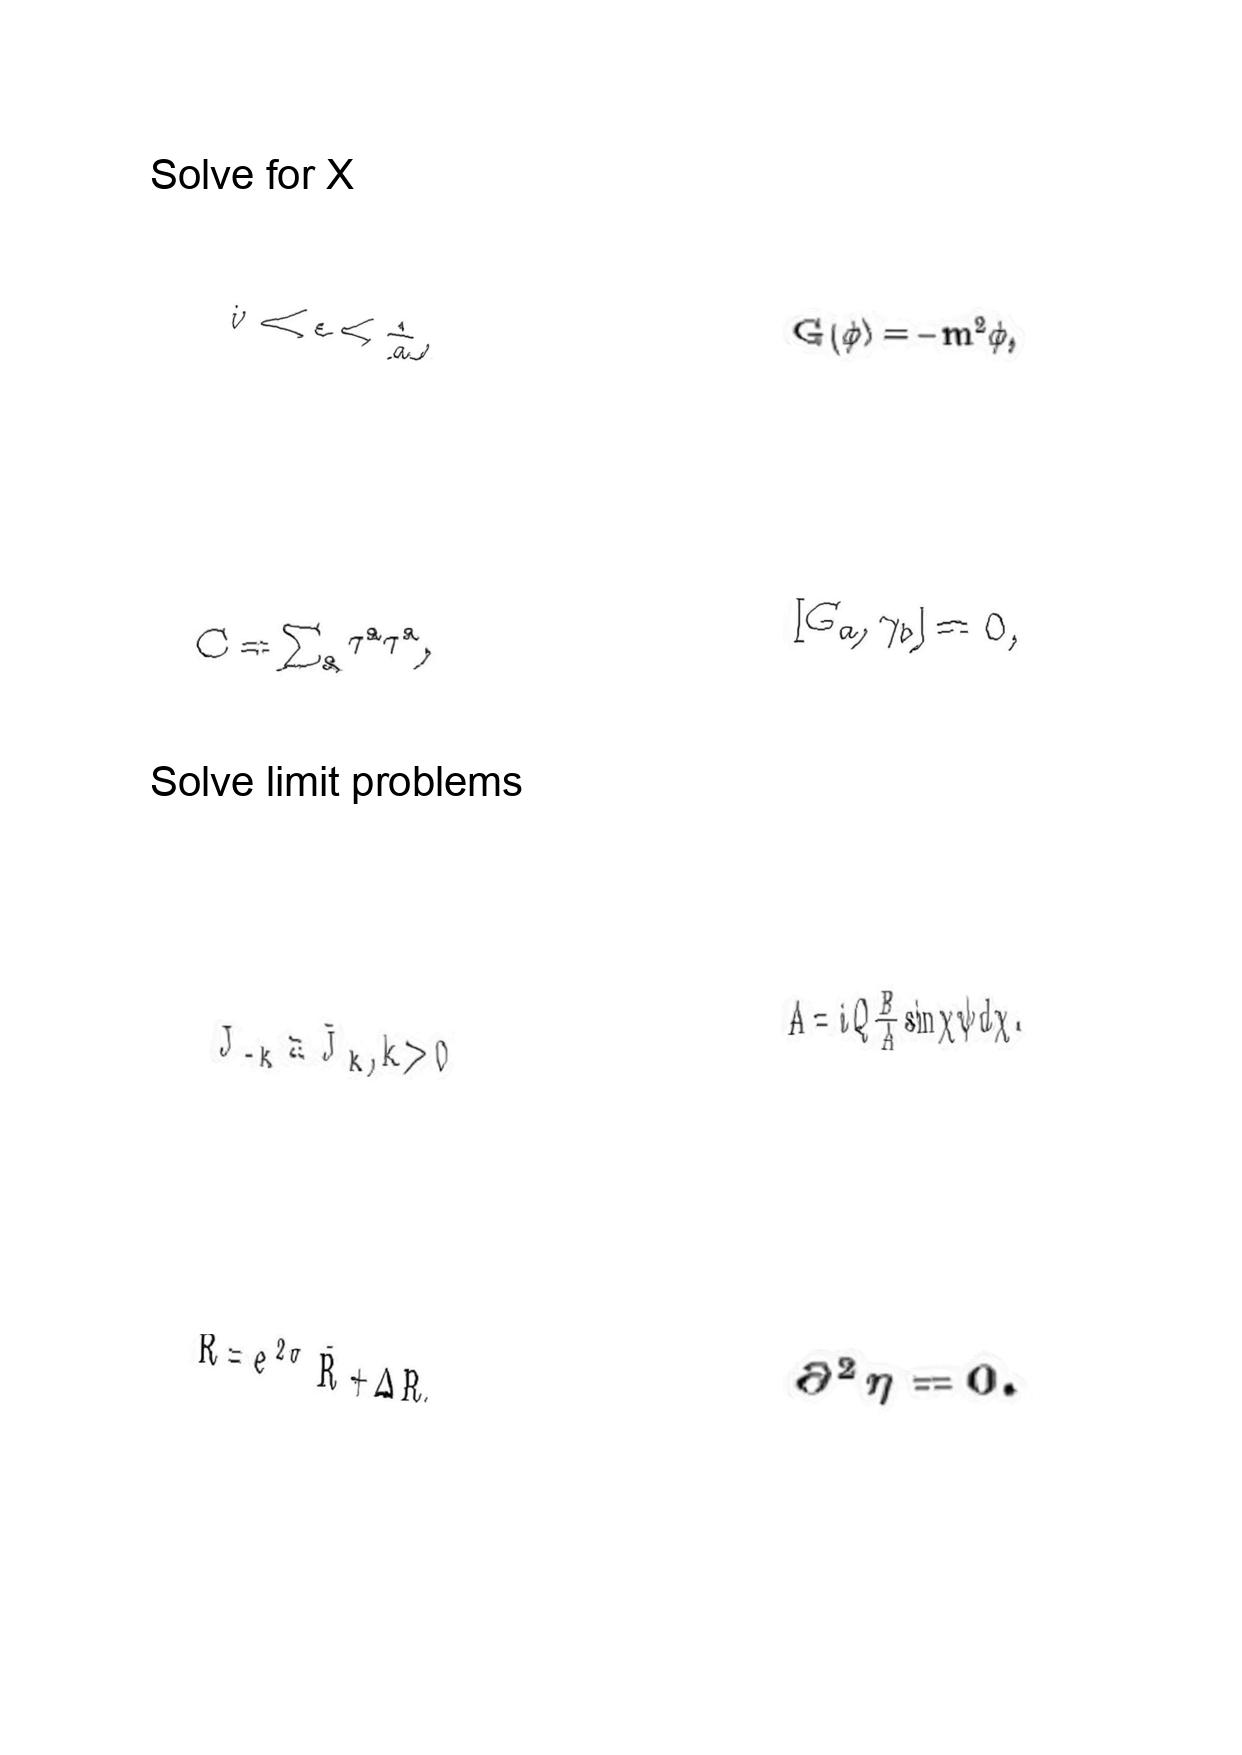
LaTeX transcription:
\tilde { v } \ll \epsilon \lt \frac { 1 } { a } ,
C = \sum _ { a } \tau ^ { a } \tau ^ { a } ,
J _ { - k } \equiv \bar { J } _ { k } , k \gt 0
R = e ^ { 2 \sigma } \bar { R } + \Delta R ,
G \lparen \phi \rparen = - m ^ { 2 } \phi ,
\lbrack G _ { a } , \gamma _ { b } \rbrack = 0 ,
A = i Q \frac { B } { A } \sin \chi \psi d \chi .
\partial ^ { 2 } \eta = 0 .